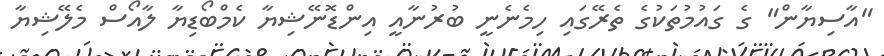
"އާސިޔާން" ގެ ގައުމުތަކުގެ ތެރޭގައި ހިމެނެނީ ބުރުނާއީ އިންޑޮނޭޝިޔާ ކެމްބޯޑިޔާ ލާއޯސް މެލޭޝިޔާ